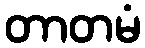
တာတမံ